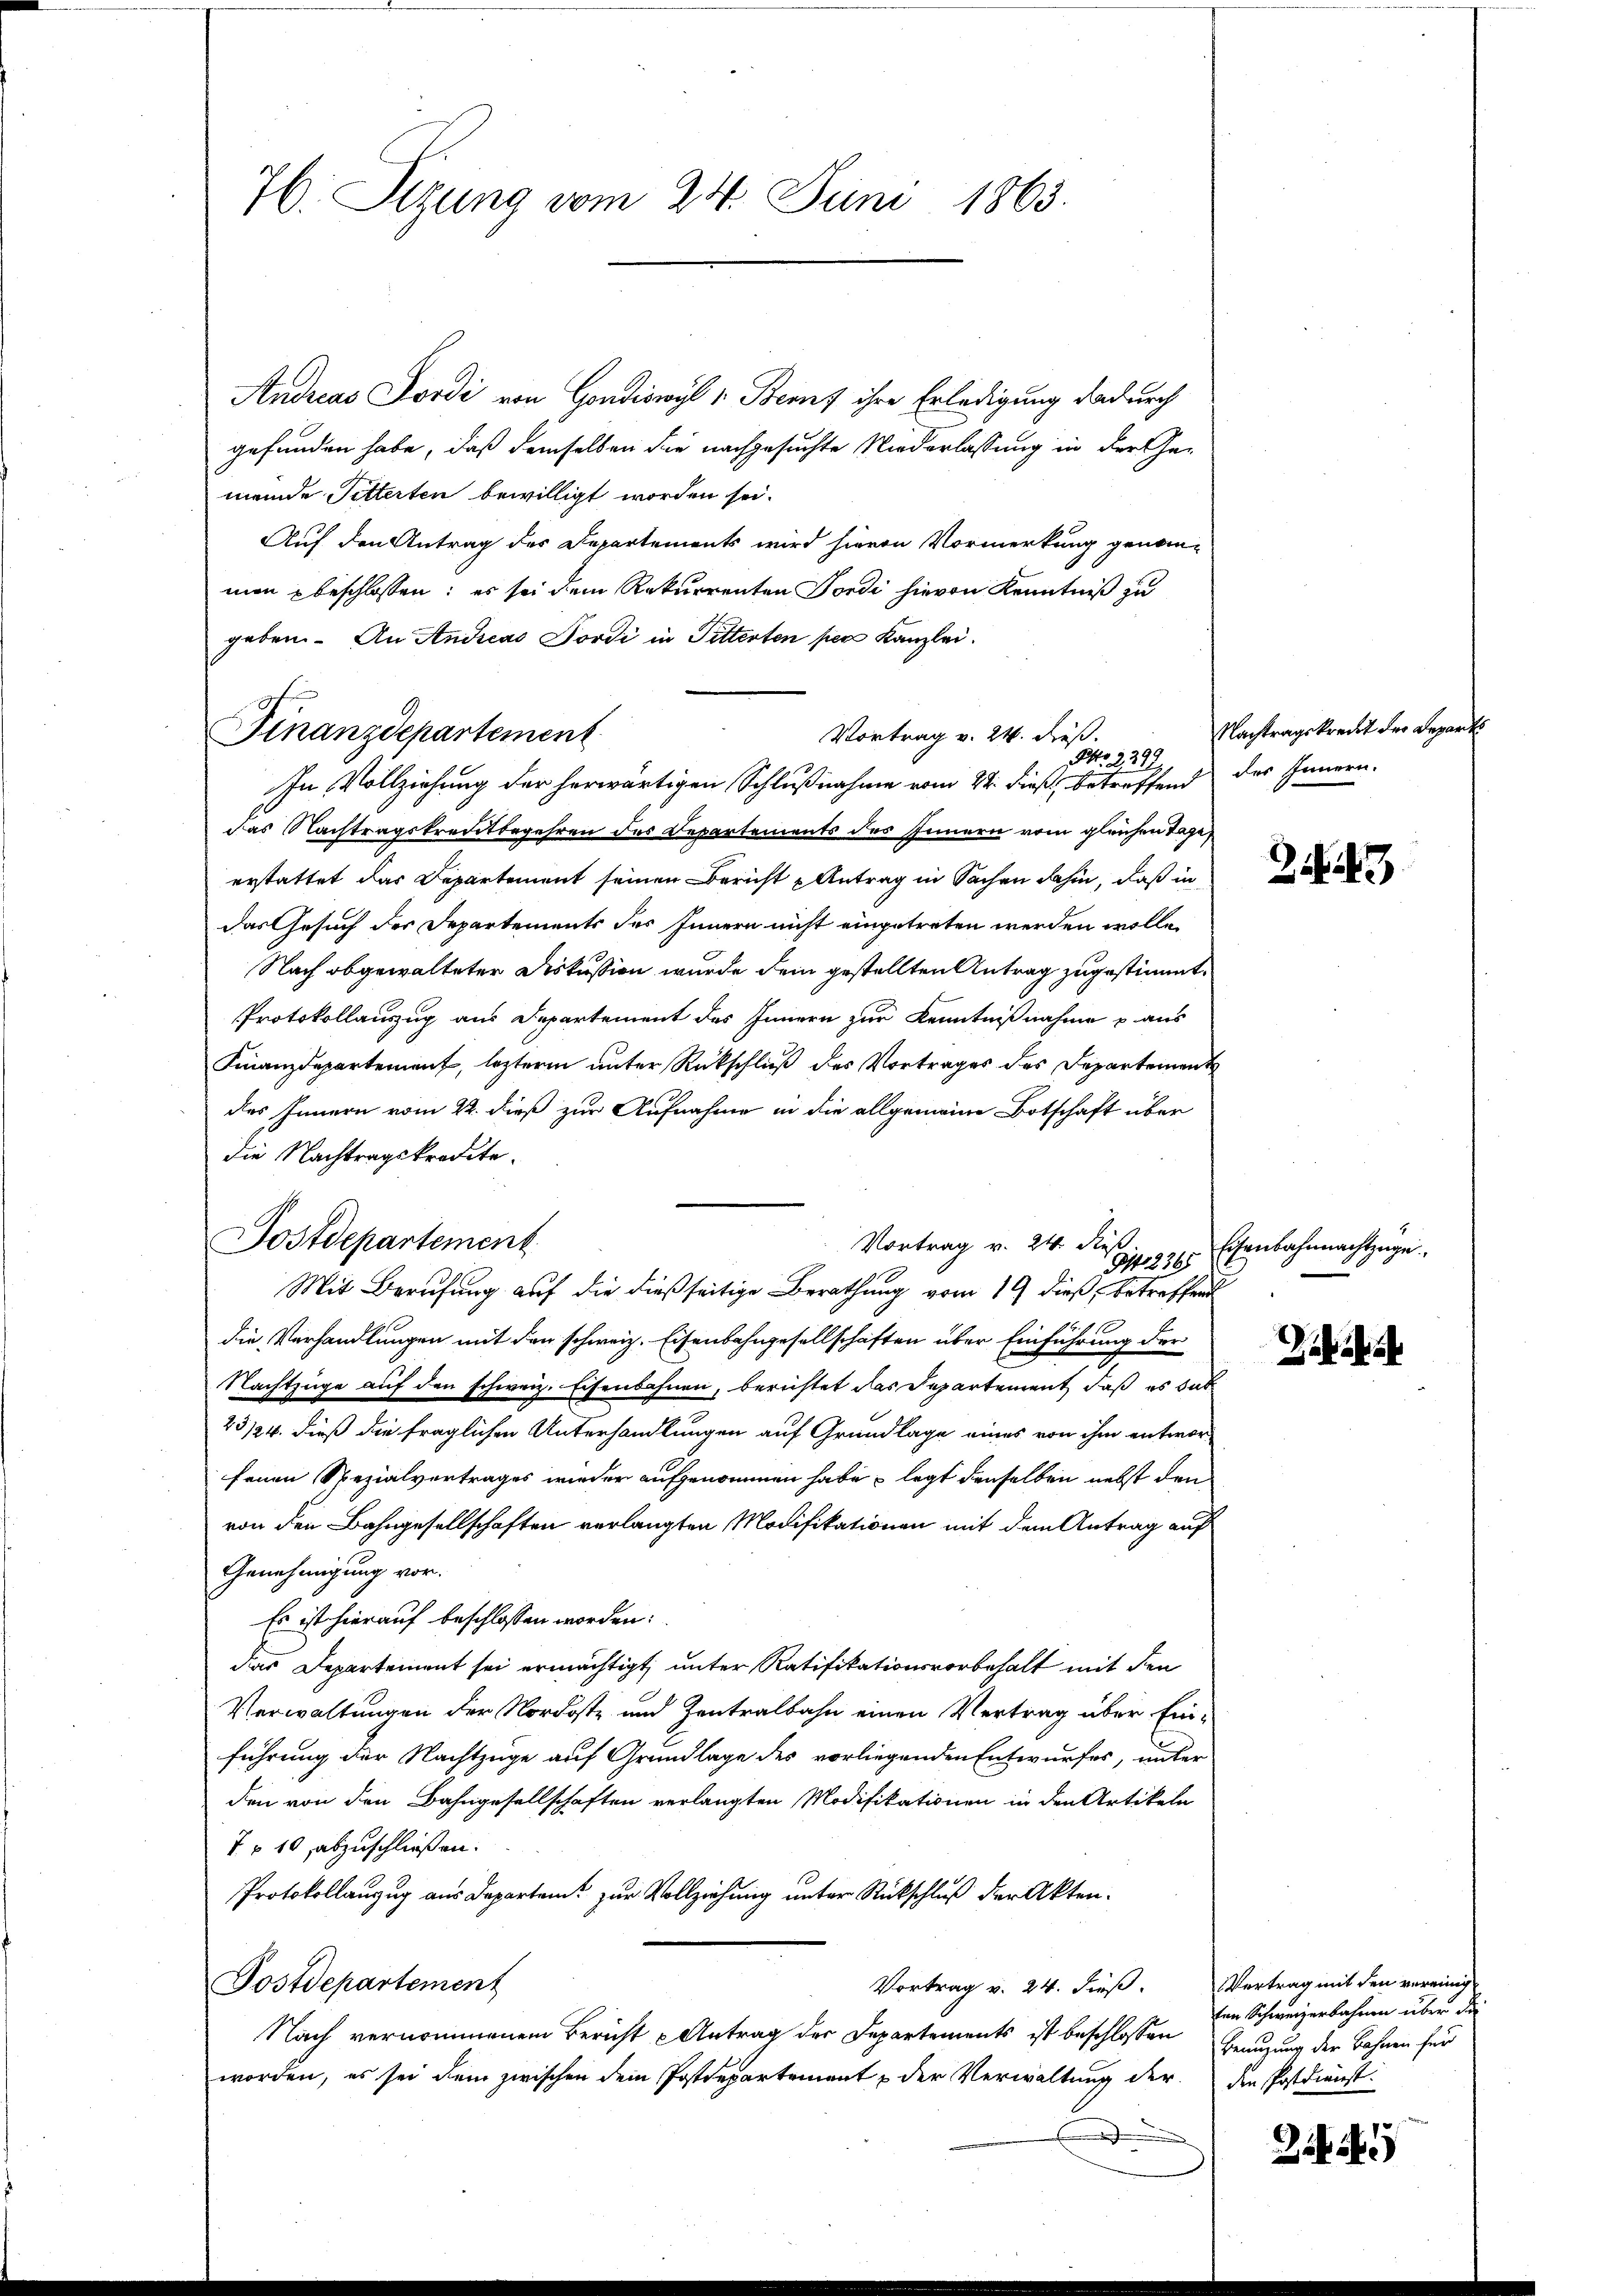
76. Sizung vom 24. Juni 1863.

Andreas Jordi von Gondiswil v. Benz ihre Erledigung dadurch
gefunden habe, daß demselben die nachgesuchte Niederlassung in der Gemeinde Pitterten bewilligt worden sei.
Auf den Antrag des Departements wird hievon Vormerkung genom-
mon beschlossen: es sei dem Rekurrenten Tondi hievon Kenntniß zu
geben. An Andreas Jordi in Pitterten per Kanzlei.
Finanzdepartement
In Vollziehung der herwärtigen Schlußnahme vom 24. dieß, betreffend des Innern.
das Nachtragskreistbegehren des Departements des Innern vom gleichen Tage
erstattet das Departement seinen Bericht u Antrag in Sachen dahin, daß in
das Gesuch der Departements des Innern nicht eingetreten werden wolle.
Nach abgewalteter Diskussion wurde dem gestellten Antrag zugestimmt.
Protokollauszug aus Departement des Innern zur Kenntnißnahme aus
Finanzdepartement, lezteren unter Rückschluß des Vortrages des Departement
des Innern vom 22. dieß zur Aufnahme in die allgemeine Botschaft über
die Nachtragskredete.
Mit Berufung auf die dießseitige Berathung vom 19 dieß, betreffend
die Verhandlungen mit den schweiz. Eisenbahngesellschaften über Einführung der
Nachtzüge auf den schweiz. Eisenbahnen, berichtet das Departement, daß es das
23/24. dieß die fraglichen Unterhandlungen auf Grundlage eines von ihm entworfenen Spezialvertrages wieder aufgenommen habe, legt denselben nebst den
von den Bahngesellschaften verlangten Modifikationen mit dem Antrag auf
Genehmigung vor.
Es ist hierauf beschlossen worden:
dieas Departement sei ermächtigt, unter Ratifikationsvorbehalt mit den
Verwaltungen der Nordoste und Zentralbahn einen Vertrag über Ein-
führung der Nachtzuge auf Grundlage des vorliegenden Entwurfes, unter
den von den Bahngesellschaften verlangten Modifikationen in den Artikeln
7 10 abzuschließen.
Protokollanzug aus Departen zur Vollziehung unter Rückschluß der Akten.
Postdepartement
Vortrag v. 24. dieß.
Nach vernommenem Bericht Antrag der Departements ist beschlossen
worden, es sei dem zwischen dem Postdepartement & der Verwaltung der
.

Postdepartement

Vortrag v. 24. dieß.
No. 2298

Vortrag v. 24. Fuß
Ist. 2365

Nachtragskredit der Depart

3

Eisenbahnmachtzuge

Z

Vertrag mit den vereinig
ten Schweizerbahnen über die
Benutzung der Bahnen für
den Postdienst.